画像に写った文字を読んでください
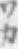
「ワカ」と書いてあります